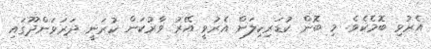
އެރުވި ބޮމެކެވެ. މި ބޮން ކުޑަރިކިލަށް އެރުވީ އޭރު ވާރުކަން ކުރަނީ ދަރަވަންދޫގައި